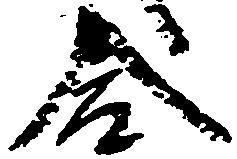
合